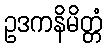
ဥဒကနိမိတ္တံ